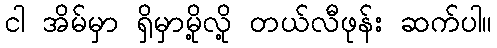
ငါ အိမ်မှာ ရှိမှာမို့လို့ တယ်လီဖုန်း ဆက်ပါ။